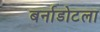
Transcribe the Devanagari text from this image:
बर्नाडोटला